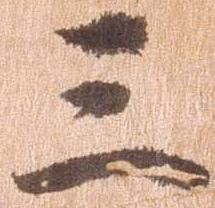
三